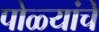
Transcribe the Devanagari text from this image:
पोळ्यांचे